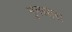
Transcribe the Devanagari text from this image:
नुनखारा